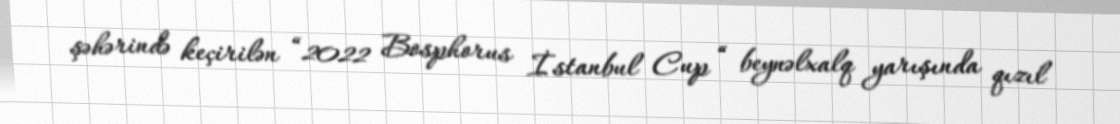
şəhərində keçirilən “2022 Bosphorus İstanbul Cup “ beynəlxalq yarışında qızıl